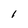
Character: I